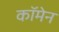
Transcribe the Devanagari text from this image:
कॉमेन